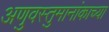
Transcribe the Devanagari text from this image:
अणुवस्तुमानांकाच्या